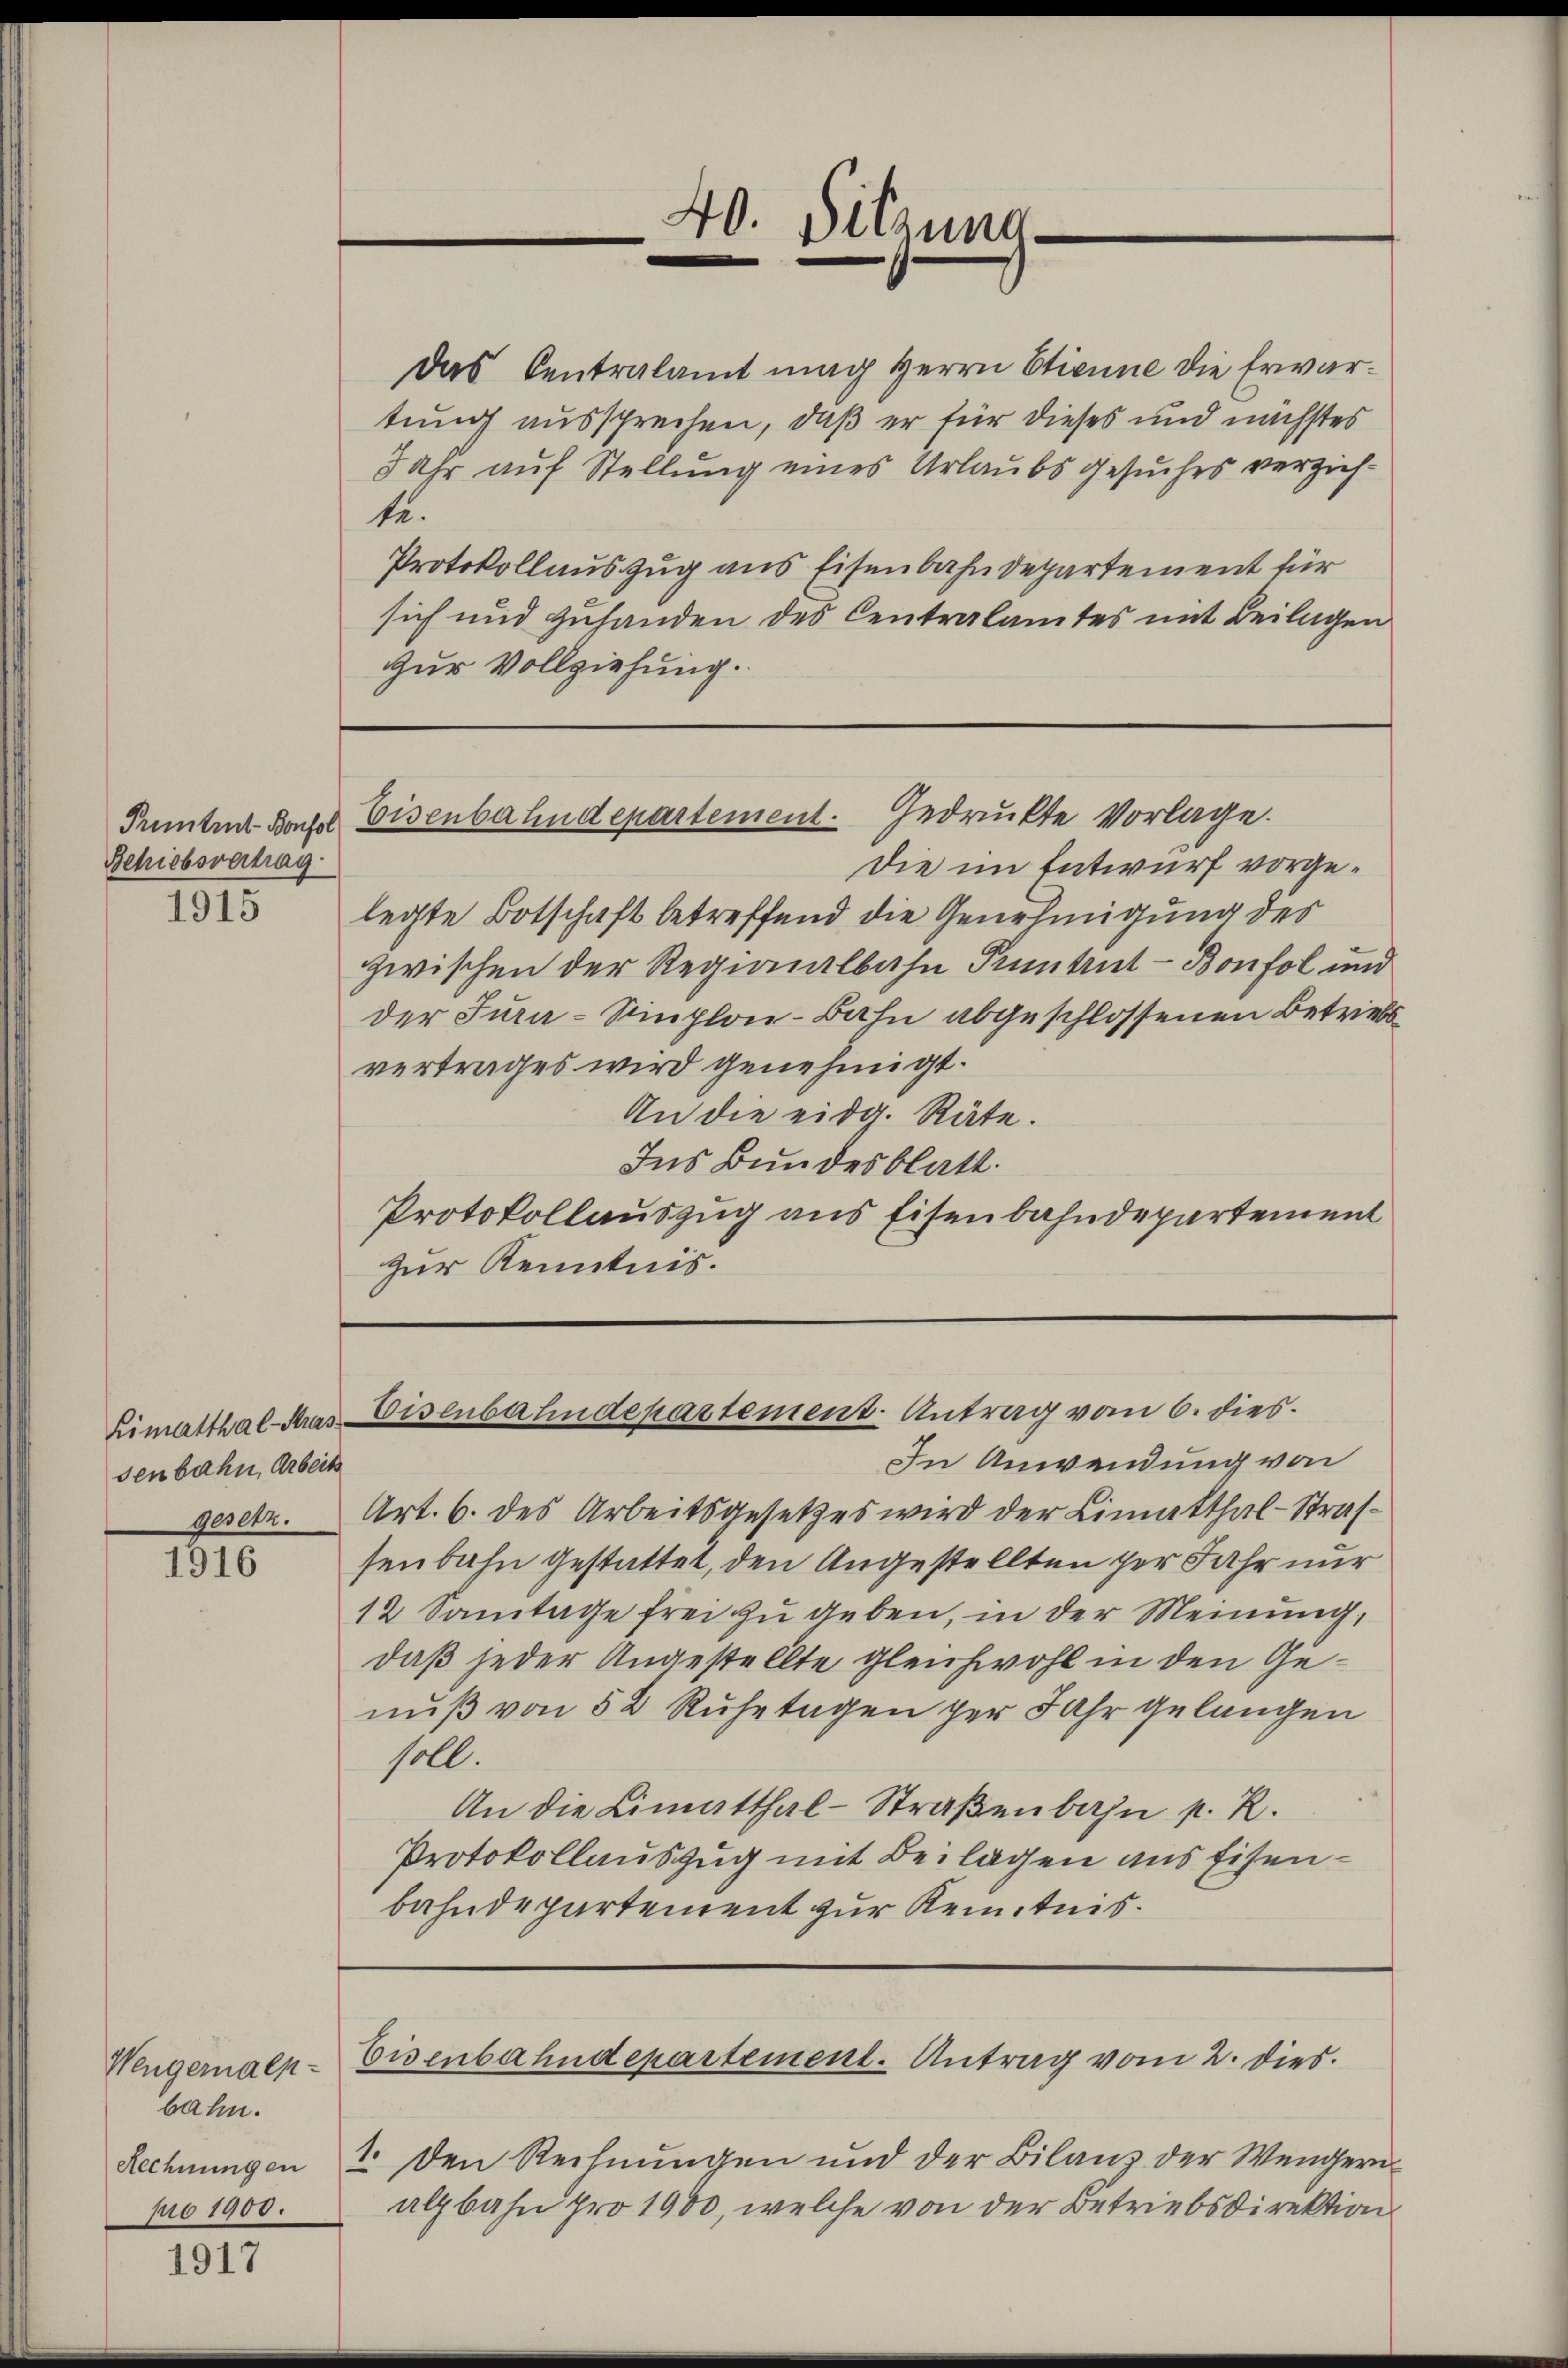
Schiobsvertrag

1915

senbahn, Arbeits
gesetz.

1916

Wengernalp
bahn.
pro 1900.

1917

Das Centralamt mag Herrn Etienne die Erwartung aussprechen, daß er für dieses und nächstes
8 Uhr auf Stellung eines Urlaubs Gesuches verzichte.
Protokollauszug aus Eisenbahndepartement für
sich und zuhanden des Centralamtes mit Beilagen
zur Vollziehung.

x
10. Sitzung.
e

Penten Bach Eisenbahndepartement. Gedruckte Vorlage.

Die im Entwurf vorgelegte Botschaft betreffend die Genehmigung des
zwischen der Regionalbahn Puntrut - Bonfol und
der Jura-Simplon-Bahn abgeschlossenen Betriebsvertrages wird genehmigt.
An die eidg. Räte.
Ins Bundesblatt.
Protokollauszug aus Eisenbahndepartement
zur Kenntnis.

Rimatthal-Mas Eisenbahndepartement-Antrag vom 6. dies

In Anwendung von
Art. 6. des Arbeitsgesetzes wird der Limatthal-Strafsenbahn gestattet, den Angestellten der Jahr nur
12 Samtage frei zu geben, in der Meinung,
daß jeder Angestellte gleichwohl in den Genuß von 52 Ruhetagen per Jahr gelangen
soll.
An die Limatthal-Straßenbahn p. R.
Protokollauszug mit Beilagen aus Eisenbahndepartement zur Kenntnis.

Eisenbahndepartement. Antrag vom 2. dies

Rechnungen 2. den Rechnŭngen und der Bilanz der Wengern
albahn pro 1900, welche von der Betriebsdirektion